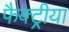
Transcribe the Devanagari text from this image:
फैक्ट्रीया